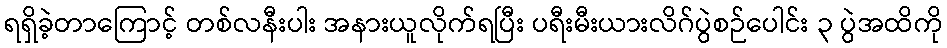
ရရှိခဲ့တာကြောင့် တစ်လနီးပါး အနားယူလိုက်ရပြီး ပရီးမီးယားလိဂ်ပွဲစဉ်ပေါင်း ၃ ပွဲအထိကို